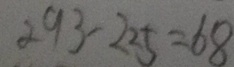
2 9 3 - 2 2 5 = 6 8